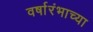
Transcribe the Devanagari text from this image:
वर्षारंभाच्या